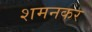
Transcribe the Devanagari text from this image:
शमनकर